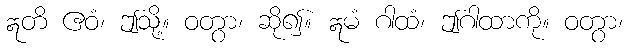
ဣတိ ဧဝံ၊ ဤသို့။ ဝတွာ၊ ဆို၍။ ဣမံ ဂါထံ၊ ဤဂါထာကို။ ဝတွာ၊